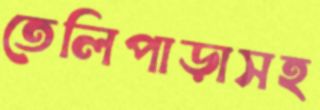
তেলিপাড়াসহ